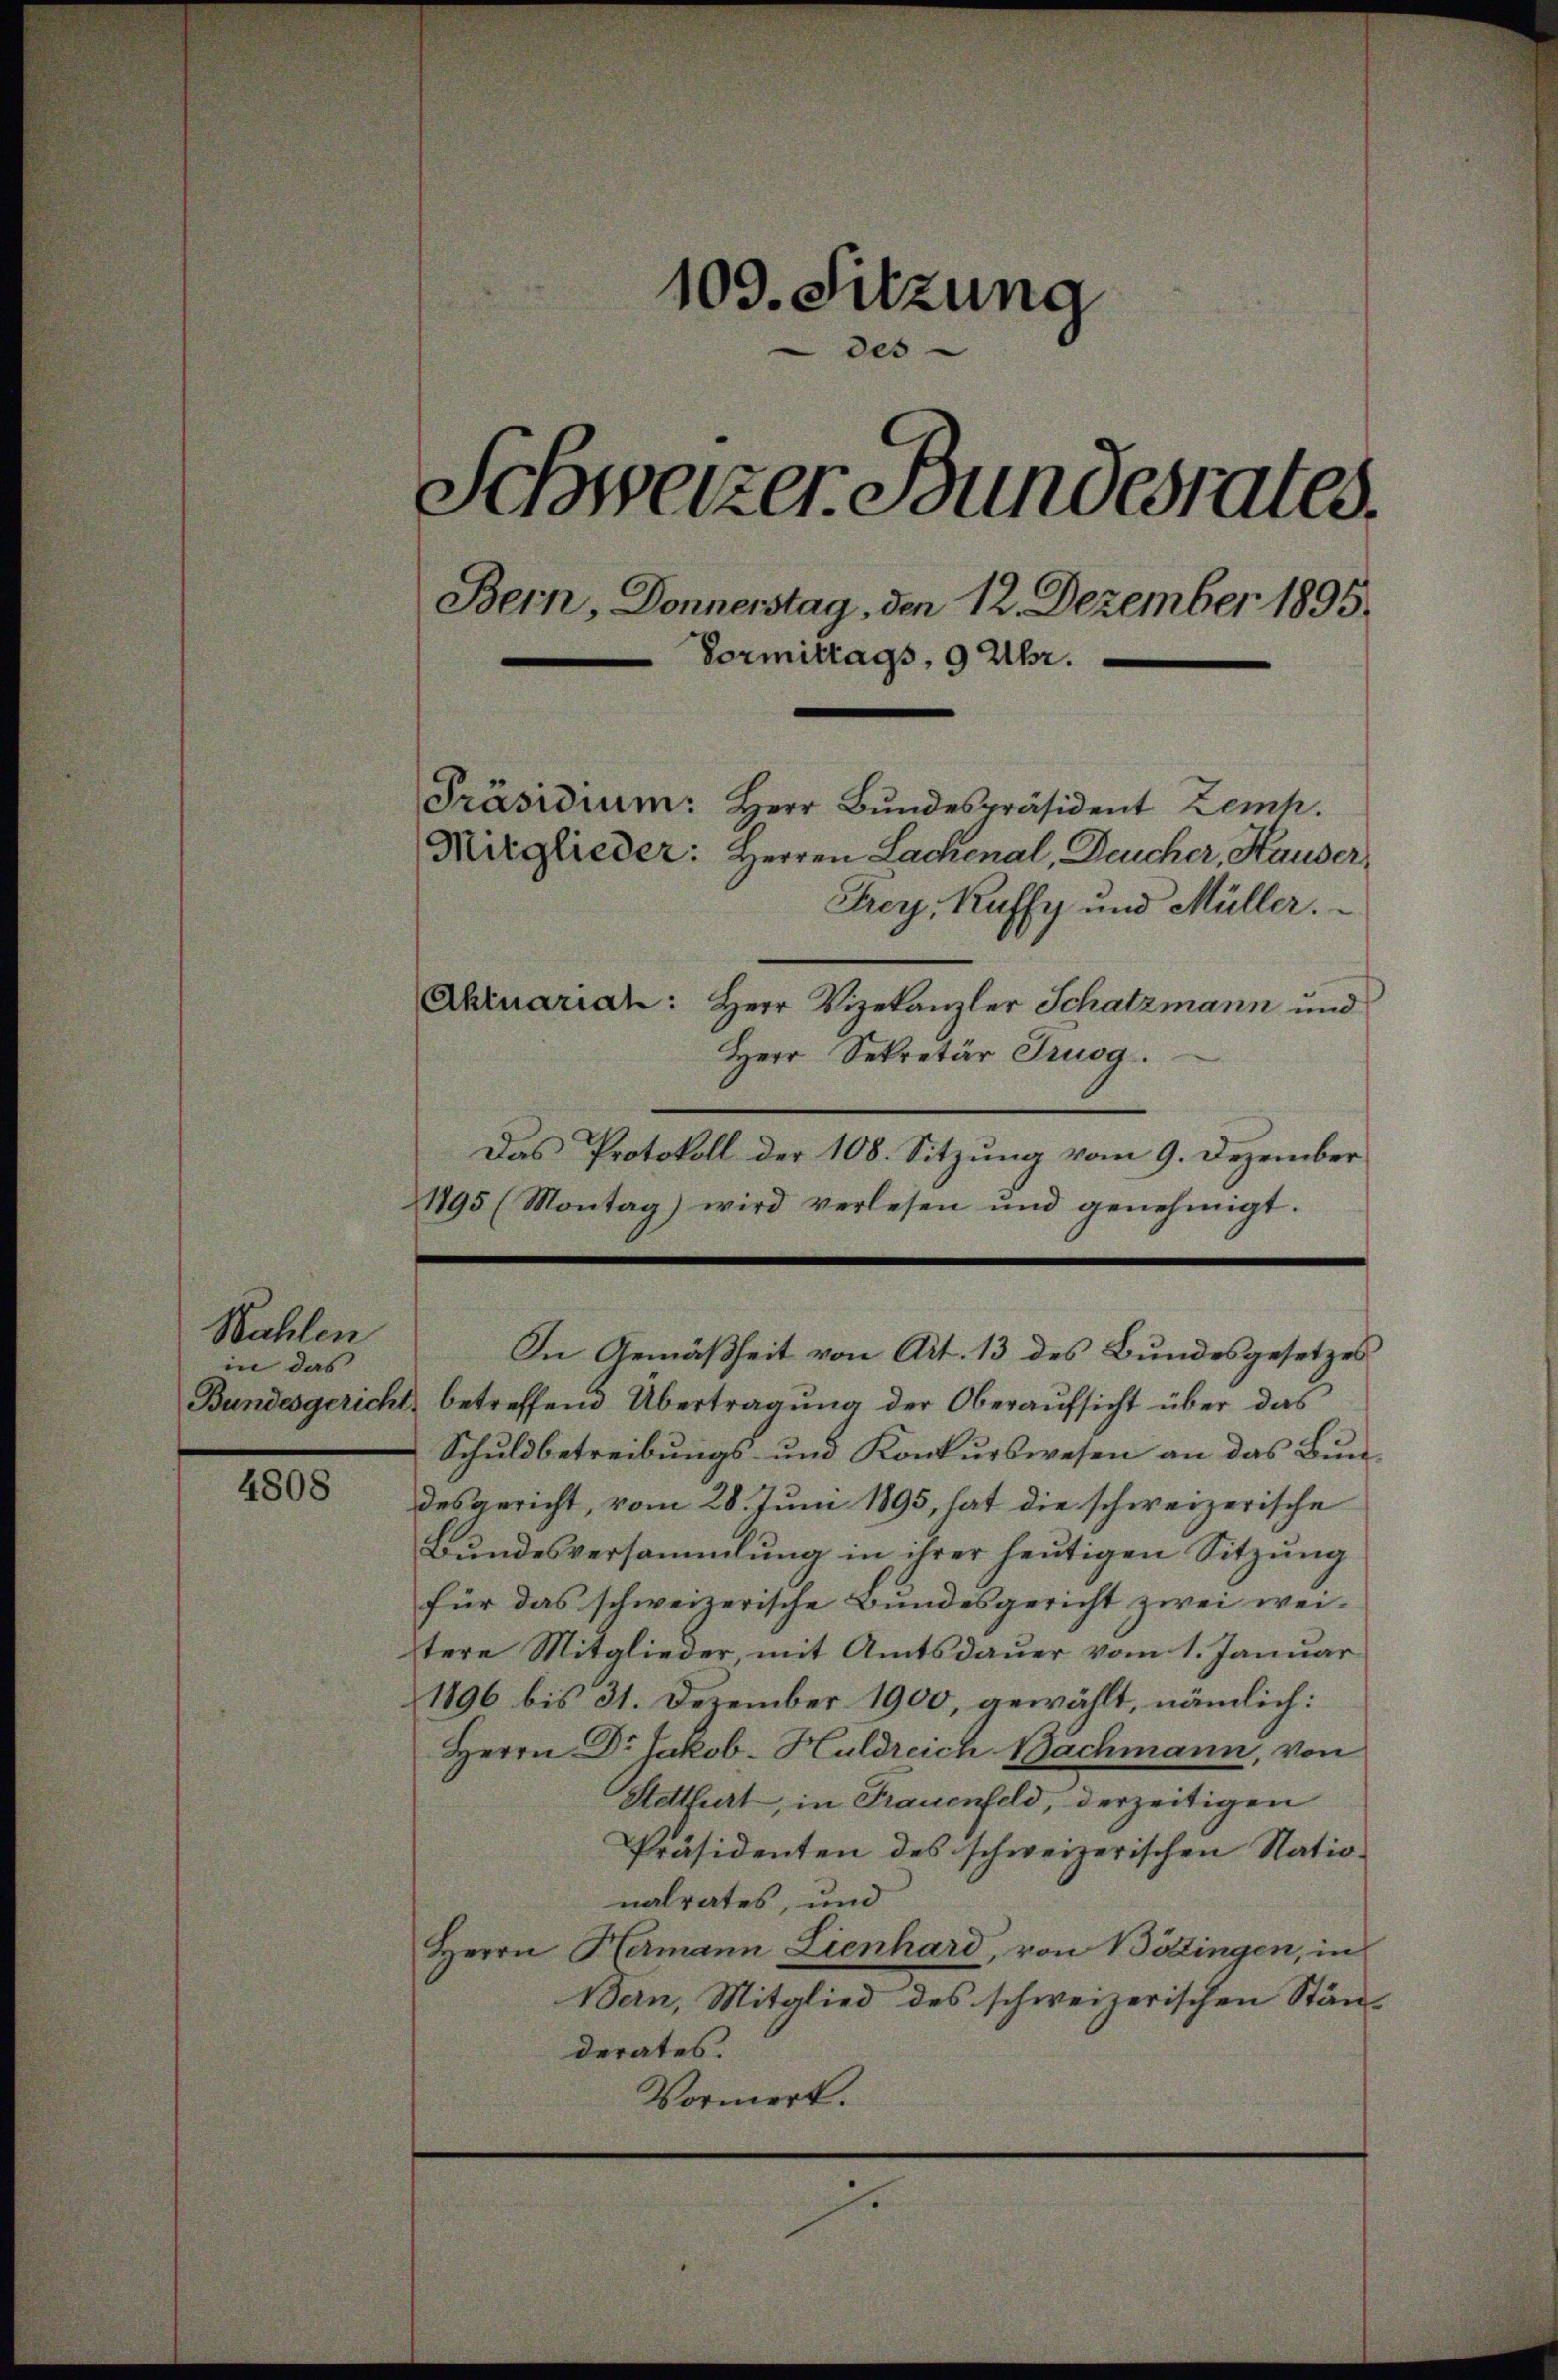
Mahlen
in das

4808

109. Sitzung
des
Schweizer Bundesrates.
Bern, Donnerstag, den 12. Dezember 1895.
Vormittags, 9 Uhr.
Präsidium: Herr Bŭndespräsident Zemh.
Mitglieder: Herren Lachenal, Deucher, Hauser,
Frey, Kuffy und Müller.
Ahruarian: Herr Vizekanzler Schatzmann und

Herr Sekretär Truog.
Das Protokoll der 108. Sitzung vom 9. Dezember
1195 (Montag) wird verlesen und genehmigt.

r

In Gemäßheit von Art. 13 des Bundesgesetzes

Bundesgericht betreffend Übertragung der Oberaufsicht über das
Schuldbetreibungs- und Konkurswesen an das Bundesgericht, vom 28. Juni 1895, hat die schweizerische
Bundesversammlung in ihrer heutigen Sitzung
für das schweizerische Bundesgericht zwei weitere Mitglieder, mit Amtsdauer vom 1. Januar
1896 bis 31. Dezember 1900, gewählt, nämlich:
Herrn Dr. Jakob-Huldreich Bachmann, von
Stettfurt, in Frauenfeld, derzeitigen
Präsidenten des schweizerischen Nationalrates, und
Herrn Hermann Lienhard, von Böttingen, in
Bern, Mitglied des schweizerischen Stän-
derates.
Vormerk.